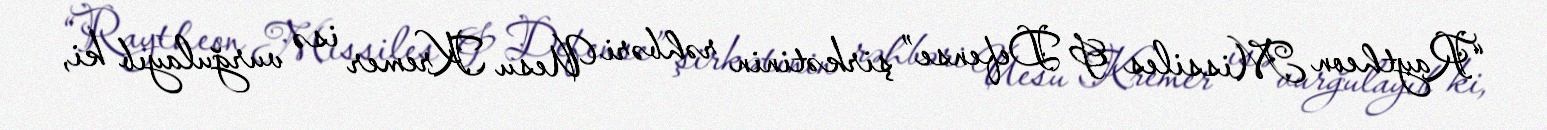
“Raytheon Missiles & Defense” şirkətinin rəhbəri Uesu Kremer isə vurğulayıb ki,